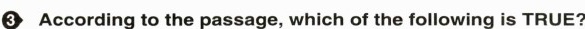
3 According to the passage, which of the following is TRUE?